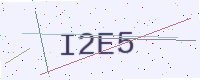
Text: I2E5